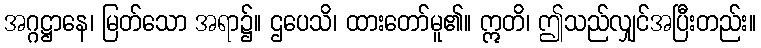
အဂ္ဂဋ္ဌာနေ၊ မြတ်သော အရာ၌။ ဌပေသိ၊ ထားတော်မူ၏။ ဣတိ၊ ဤသည်လျှင်အပြီးတည်း။